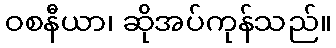
ဝစနီယာ၊ ဆိုအပ်ကုန်သည်။